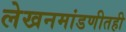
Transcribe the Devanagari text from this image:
लेखनमांडणीतही